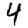
Digit: 4